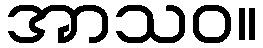
အာသဝ။